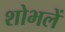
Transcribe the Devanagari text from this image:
शोभलें